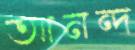
আনন্দ